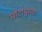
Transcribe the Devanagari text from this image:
पोटापुरता